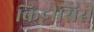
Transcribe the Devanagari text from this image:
किट्टीसिरी